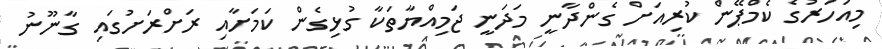
މިއަހަރުގެ ކެމްޕޭން ކުރިއަށް ގެންދާނީ މަދަނީ ޖަމިއްޔާތަކާ ގުޅިގެން ކަމަށާއި ރަށްރަށުގައި ގާނޫނު